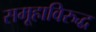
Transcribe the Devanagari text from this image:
समूहाविरुद्ध